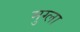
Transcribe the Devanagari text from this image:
मुग्ला